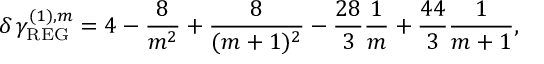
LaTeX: \delta \, \gamma _ { \mathrm { R E G } } ^ { ( 1 ) , m } = 4 - \frac { 8 } { m ^ { 2 } } + \frac { 8 } { ( m + 1 ) ^ { 2 } } - \frac { 2 8 } { 3 } \frac { 1 } { m } + \frac { 4 4 } { 3 } \frac { 1 } { m + 1 } ,